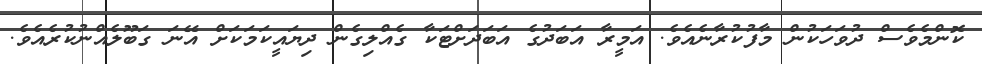
ކޮންމެވެސް ދުވަހަކުން މާފުކުރާނެއެވެ. އަމީރާ އަބަދުގެ އަބަދަށްޓަކާ ގެއްލިގެން ދިޔައީކަމަކަށް އޭނަ ގަބޫލެއްނުކުރެއެވެ.